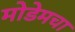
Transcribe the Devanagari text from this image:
मोडेमचा